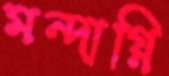
মন্দাগ্নি